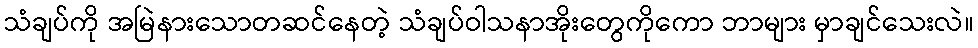
သံချပ်ကို အမြဲနားသောတဆင်နေတဲ့ သံချပ်ဝါသနာအိုးတွေကိုကော ဘာများ မှာချင်သေးလဲ။